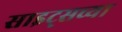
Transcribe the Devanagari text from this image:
साइट्‌सच्या